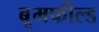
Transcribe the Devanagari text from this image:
बूमफील्ड